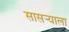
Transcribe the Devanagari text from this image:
सासर्‍याला